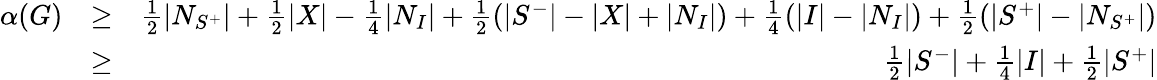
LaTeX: \begin{array}{rlr}{\alpha(G)}&{\ge}&{\frac 12|N_{S^{+}}|+\frac 12|X|-\frac 14|N_{I}|+\frac 12(|S^{-}|-|X|+|N_{I}|)+\frac 14(|I|-|N_{I}|)+\frac 12(|S^{+}|-|N_{S^{+}}|)}\\ &{\ge}&{\frac 12|S^{-}|+\frac 14|I|+\frac 12|S^{+}|}\end{array}